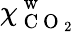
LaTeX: \chi_{\mathrm{~C~O~}_{2}}^{\mathrm{~w~}}